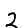
Digit: 2